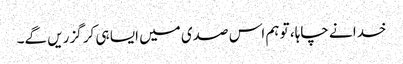
خدا نے چاہا، تو ہم اس صدی میں ایسا ہی کر گزریں گے۔